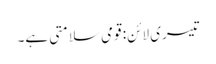
تیسری لائن: قومی سلامتی ہے۔